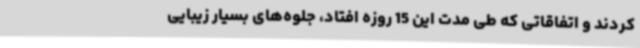
کردند و اتفاقاتی که طی مدت این 15 روزه افتاد، جلوه‌های بسیار زیبایی